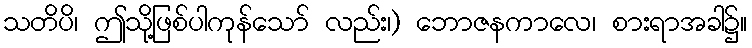
သတိပိ၊ ဤသို့ဖြစ်ပါကုန်သော် လည်း၊) ဘောဇနကာလေ၊ စားရာအခါ၌။